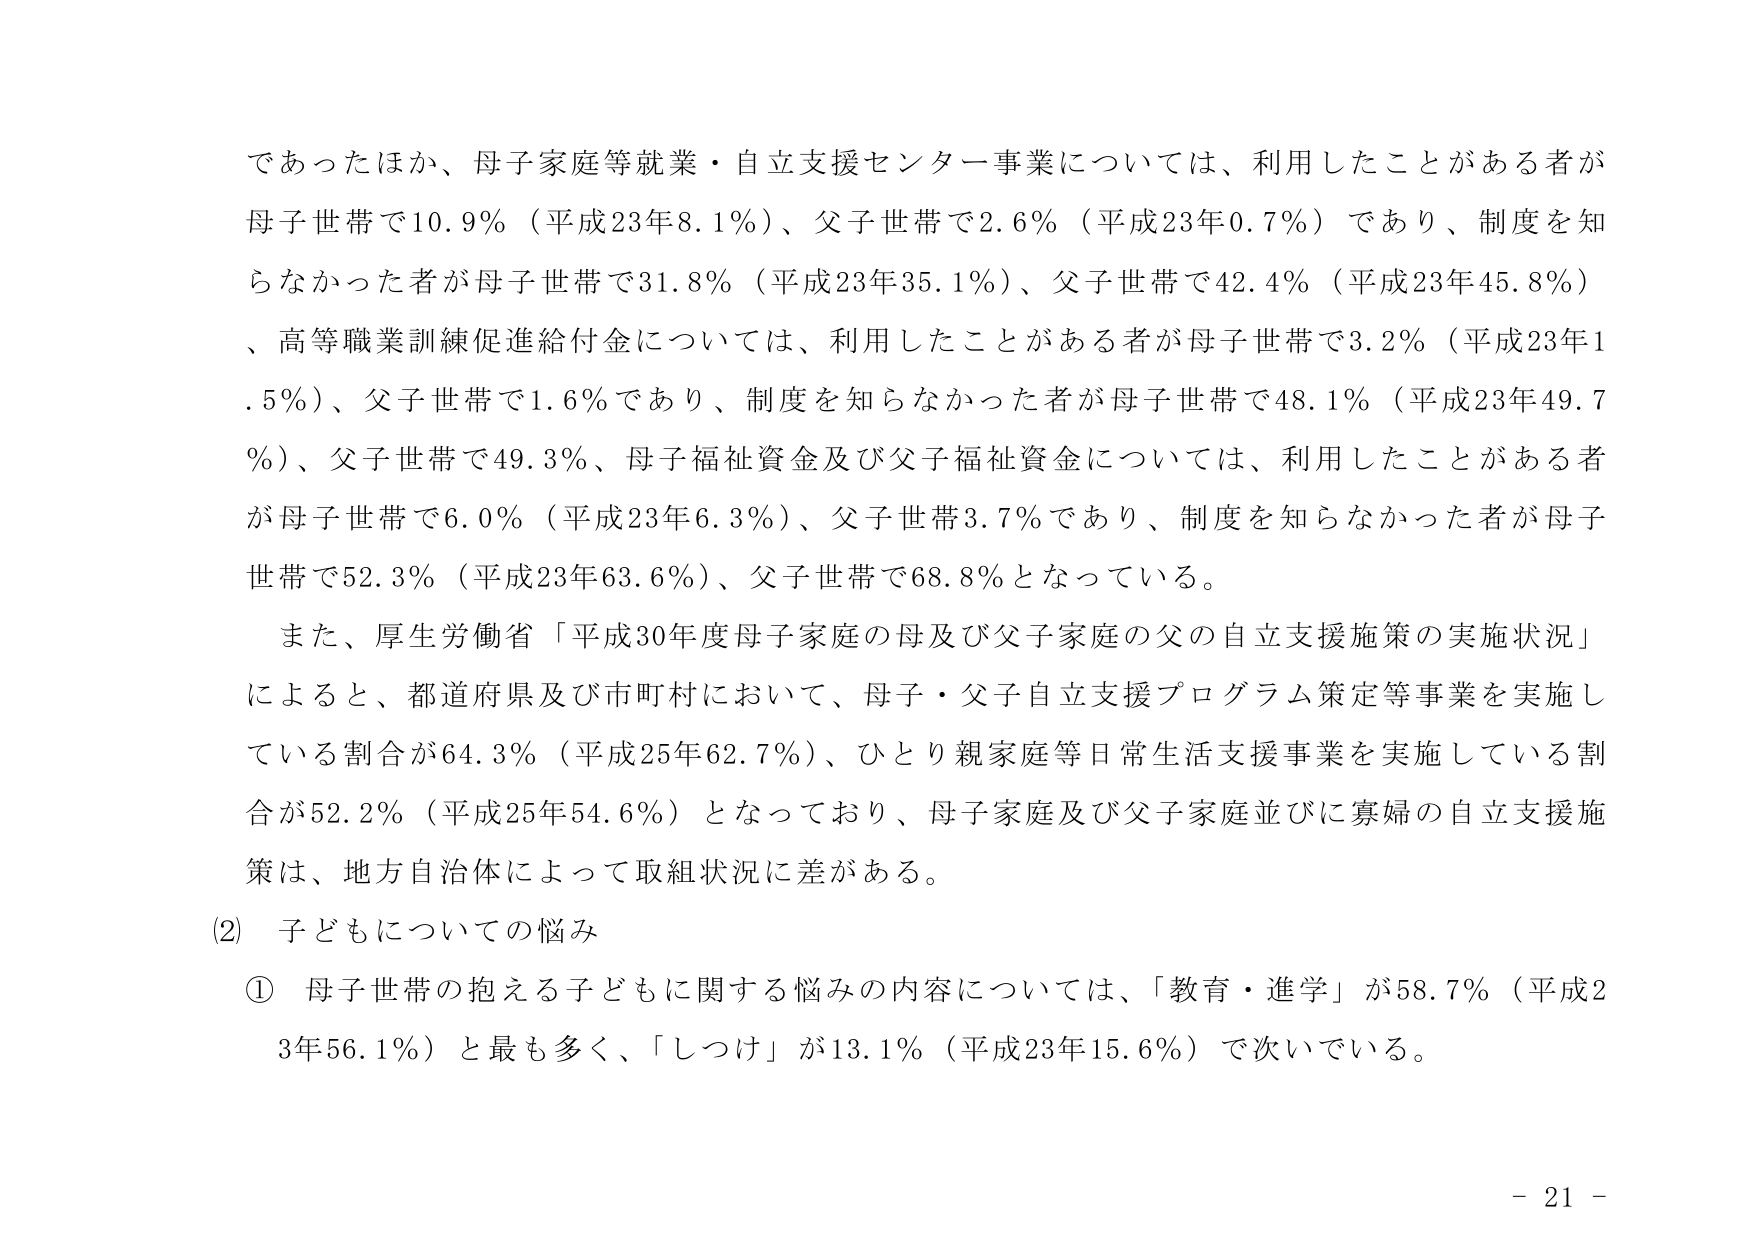
であったほか、母子家庭等就業・自立支援センター事業については、利用したことがある者が母子世帯で10.9％（平成23年8.1％）、父子世帯で2.6％（平成23年0.7％）であり、制度を知らなかった者が母子世帯で31.8％（平成23年35.1％）、父子世帯で42.4％（平成23年45.8％）、高等職業訓練促進給付金については、利用したことがある者が母子世帯で3.2％（平成23年1.5％）、父子世帯で1.6％であり、制度を知らなかった者が母子世帯で48.1％（平成23年49.7％）、父子世帯で49.3％、母子福祉資金及び父子福祉資金については、利用したことがある者が母子世帯で6.0％（平成23年6.3％）、父子世帯3.7％であり、制度を知らなかった者が母子世帯で52.3％（平成23年63.6％）、父子世帯で68.8％となっている。

また、厚生労働省「平成30年度母子家庭の母及び父子家庭の父の自立支援施策の実施状況」によると、都道府県及び市町村において、母子・父子自立支援プログラム策定等事業を実施している割合が64.3％（平成25年62.7％）、ひとり親家庭等日常生活支援事業を実施している割合が52.2％（平成25年54.6％）となっており、母子家庭及び父子家庭並びに寡婦の自立支援施策は、地方自治体によって取組状況に差がある。

(2) 子どもについての悩み

① 母子世帯の抱える子どもに関する悩みの内容については、「教育・進学」が58.7％（平成23年56.1％）と最も多く、「しつけ」が13.1％（平成23年15.6％）で次いでいる。

- 21 -